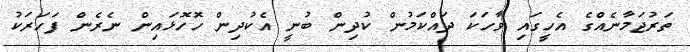
ތަރުޖަމާނެއްގެ އެހީގައި ވާހަކަ ދައްކަމުން ކުދިން ބުނީ އެކުދިން ހޮހޮޅައިން ނެރެން ފަހަރަކު